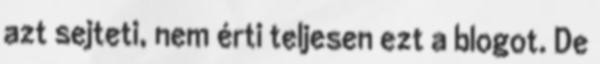
azt sejteti, nem érti teljesen ezt a blogot. De